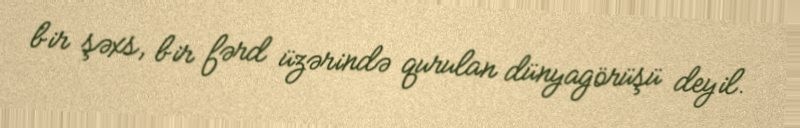
bir şəxs, bir fərd üzərində qurulan dünyagörüşü deyil.